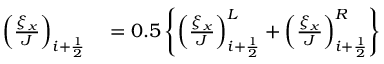
\begin{array} { r l } { \left( \frac { \xi _ { x } } { J } \right) _ { i + \frac { 1 } { 2 } } } & { { } = 0 . 5 \left\{ \left( \frac { \xi _ { x } } { J } \right) _ { i + \frac { 1 } { 2 } } ^ { L } + \left( \frac { \xi _ { x } } { J } \right) _ { i + \frac { 1 } { 2 } } ^ { R } \right\} } \end{array}